Report of an investigation into the causes of malaria in Bombay and the measures necessary for its control
Disease focus: Malaria
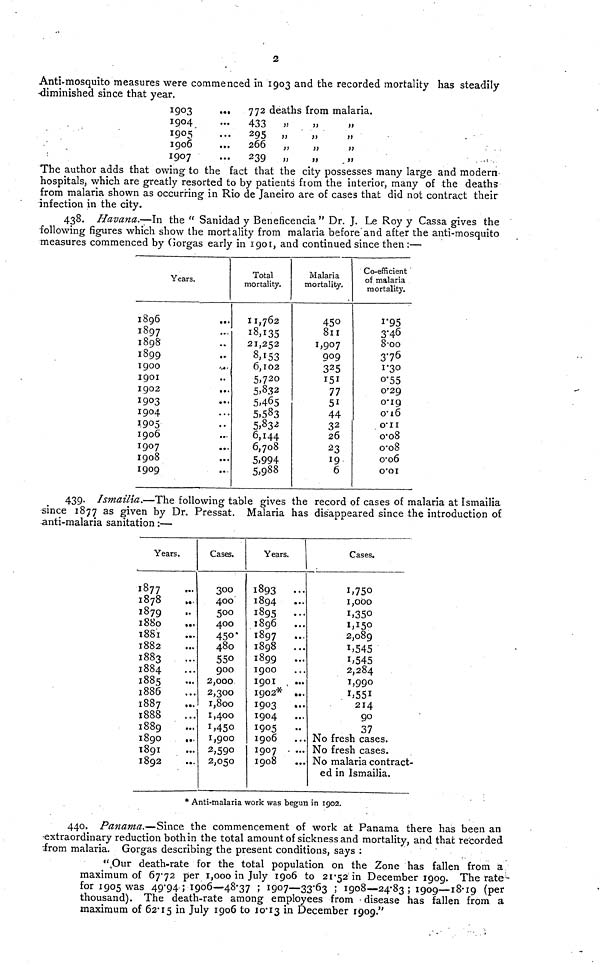
2
Anti-mosquito measures were commenced in 1903 and the recorded mortality has steadily
•diminished since that year.
1903
1904
1905
1906
1907
••»
...
...
...
...
772
433
295
266
239
deaths
,,
,,
,,
,,
from
,,
,,
,,
,,
malaria.
,,
»»
The author adds that owing to the fact that the city possesses many large and modern
hospitals, which are greatly resorted to by patients' from the interior, many of the deaths
from malaria shown as occurring in Rio de Janeiro are of cases that did not contract their
infection in the city.
438. Havana.—In the " Sanidad y Beneficencia " Dr. J. Le Roy y Cassa gives the
following figures which show the mortality from malaria before and after the anti-mosquito
measures commenced by Gorgas early in 1901, and continued since then :—
Years.
1896
1897
1898
1899
1900
1901
1902
I903
1904
1905
1906
I907
1908
1909
Total
mortality.
11,762
18,135
21,252
8,153
6,102
5,720
5,832
5,465
5,583
5,832
6,144
6,708
5,994
5,988
Malaria
mortality.
450
811
1,907
909
325
151
77
51
44
32
26
23
19
6
Co-efficient
of malaria
mortality.
1.95
3.46
8.00
3.76
1.30
0.55
0.29
0.19
0.16
0.11
0.08
0.08
0.06
0.01
439. Ismailia.—The following table gives the record of cases of malaria at Ismailia
since 1877 as given by Dr. Pressat. Malaria has disappeared since the introduction of
anti-malaria sanitation:—
Years.
1877
1878
1879
1880
1881
1882
1883
1884
1885
1886
1887
1888
1889
1890
...
1891
1892
Cases.
300
400
500
400
450
480
550
900
2,000
2,300
I,8oo
1,400
1,450
1,900
2,590
2,050
Years.
1893
...
1894
1895
...
1896
1897
...
1898
1899
1900
1901
...
1902* ...
1903
...
1904
...
1905
..
1906
1907 . ...
1908
Cases.
1,750
1,000
1,350
1,150
2,089
1,545
1,545
2,284
1,990
1,551
214
90
37
No fresh cases.
No fresh cases.
No malaria contract-
ed in Ismailia.
* Anti-malaria work was begun in 1902.
440. Panama.—Since
the commencement of work at Panama there has been an
extraordinary reduction both in the total amount of sickness and mortality, and that recorded
from malaria. Gorgas describing the present conditions, says :
"Our death-rate for the total population on the Zone has fallen from a
maximum of 67.72 per 1,000 in July 1906 to 21.52 in December 1909. The rate
for 1905 was 49.94 ; 1906—48.37 ; 1907—33.63 ; 1908—24.83; 1909—18.19 (per
thousand). The death-rate among employees from • disease has fallen from a
maximum of 62.15 in July 1906 to 10.13 in December 1909."